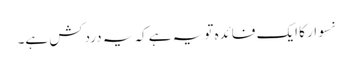
نسوار کا ایک فائدہ تو یہ ہے کہ یہ دردکش ہے۔